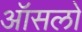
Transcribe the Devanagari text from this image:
ऑसलो